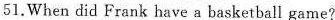
51.When did Frank have a basketball game?